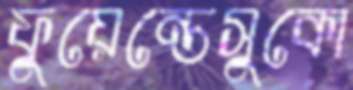
ফুয়েন্তেসুকো